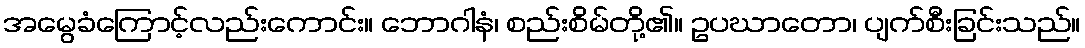
အမွေခံကြောင့်လည်းကောင်း။ ဘောဂါနံ၊ စည်းစိမ်တို့၏။ ဥပဃာတော၊ ပျက်စီးခြင်းသည်။